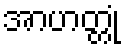
အာဟတ္တုံ